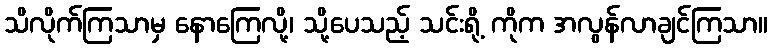
သိလိုက်ကြသာမှ နောကြေလို့၊ သို့ပေသည့် သင်းရို့ ကိုက အလွန်လာချင်ကြသာ။